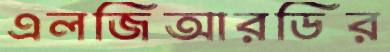
এলজিআরডির